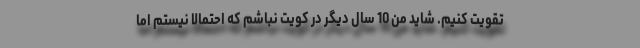
تقویت کنیم. شاید من 10 سال دیگر در کویت نباشم که احتمالا نیستم اما